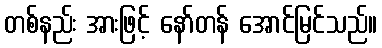
တစ်နည်း အားဖြင့် နော်တန် အောင်မြင်သည်။